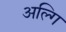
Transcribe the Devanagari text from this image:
अल्गि